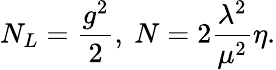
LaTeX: N_{L}=\frac{g^{2}}{2},~N=2\frac{{\lambda}^{2}}{{\mu}^{2}}\eta.